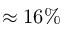
\approx 1 6 \%